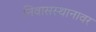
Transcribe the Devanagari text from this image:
निवासस्थानावर